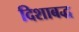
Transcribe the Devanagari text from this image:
दिशाबद्ध